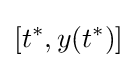
[t^{\ast },y(t^{\ast })]